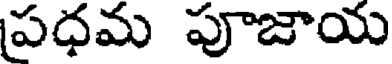
పధమ పూజాయ